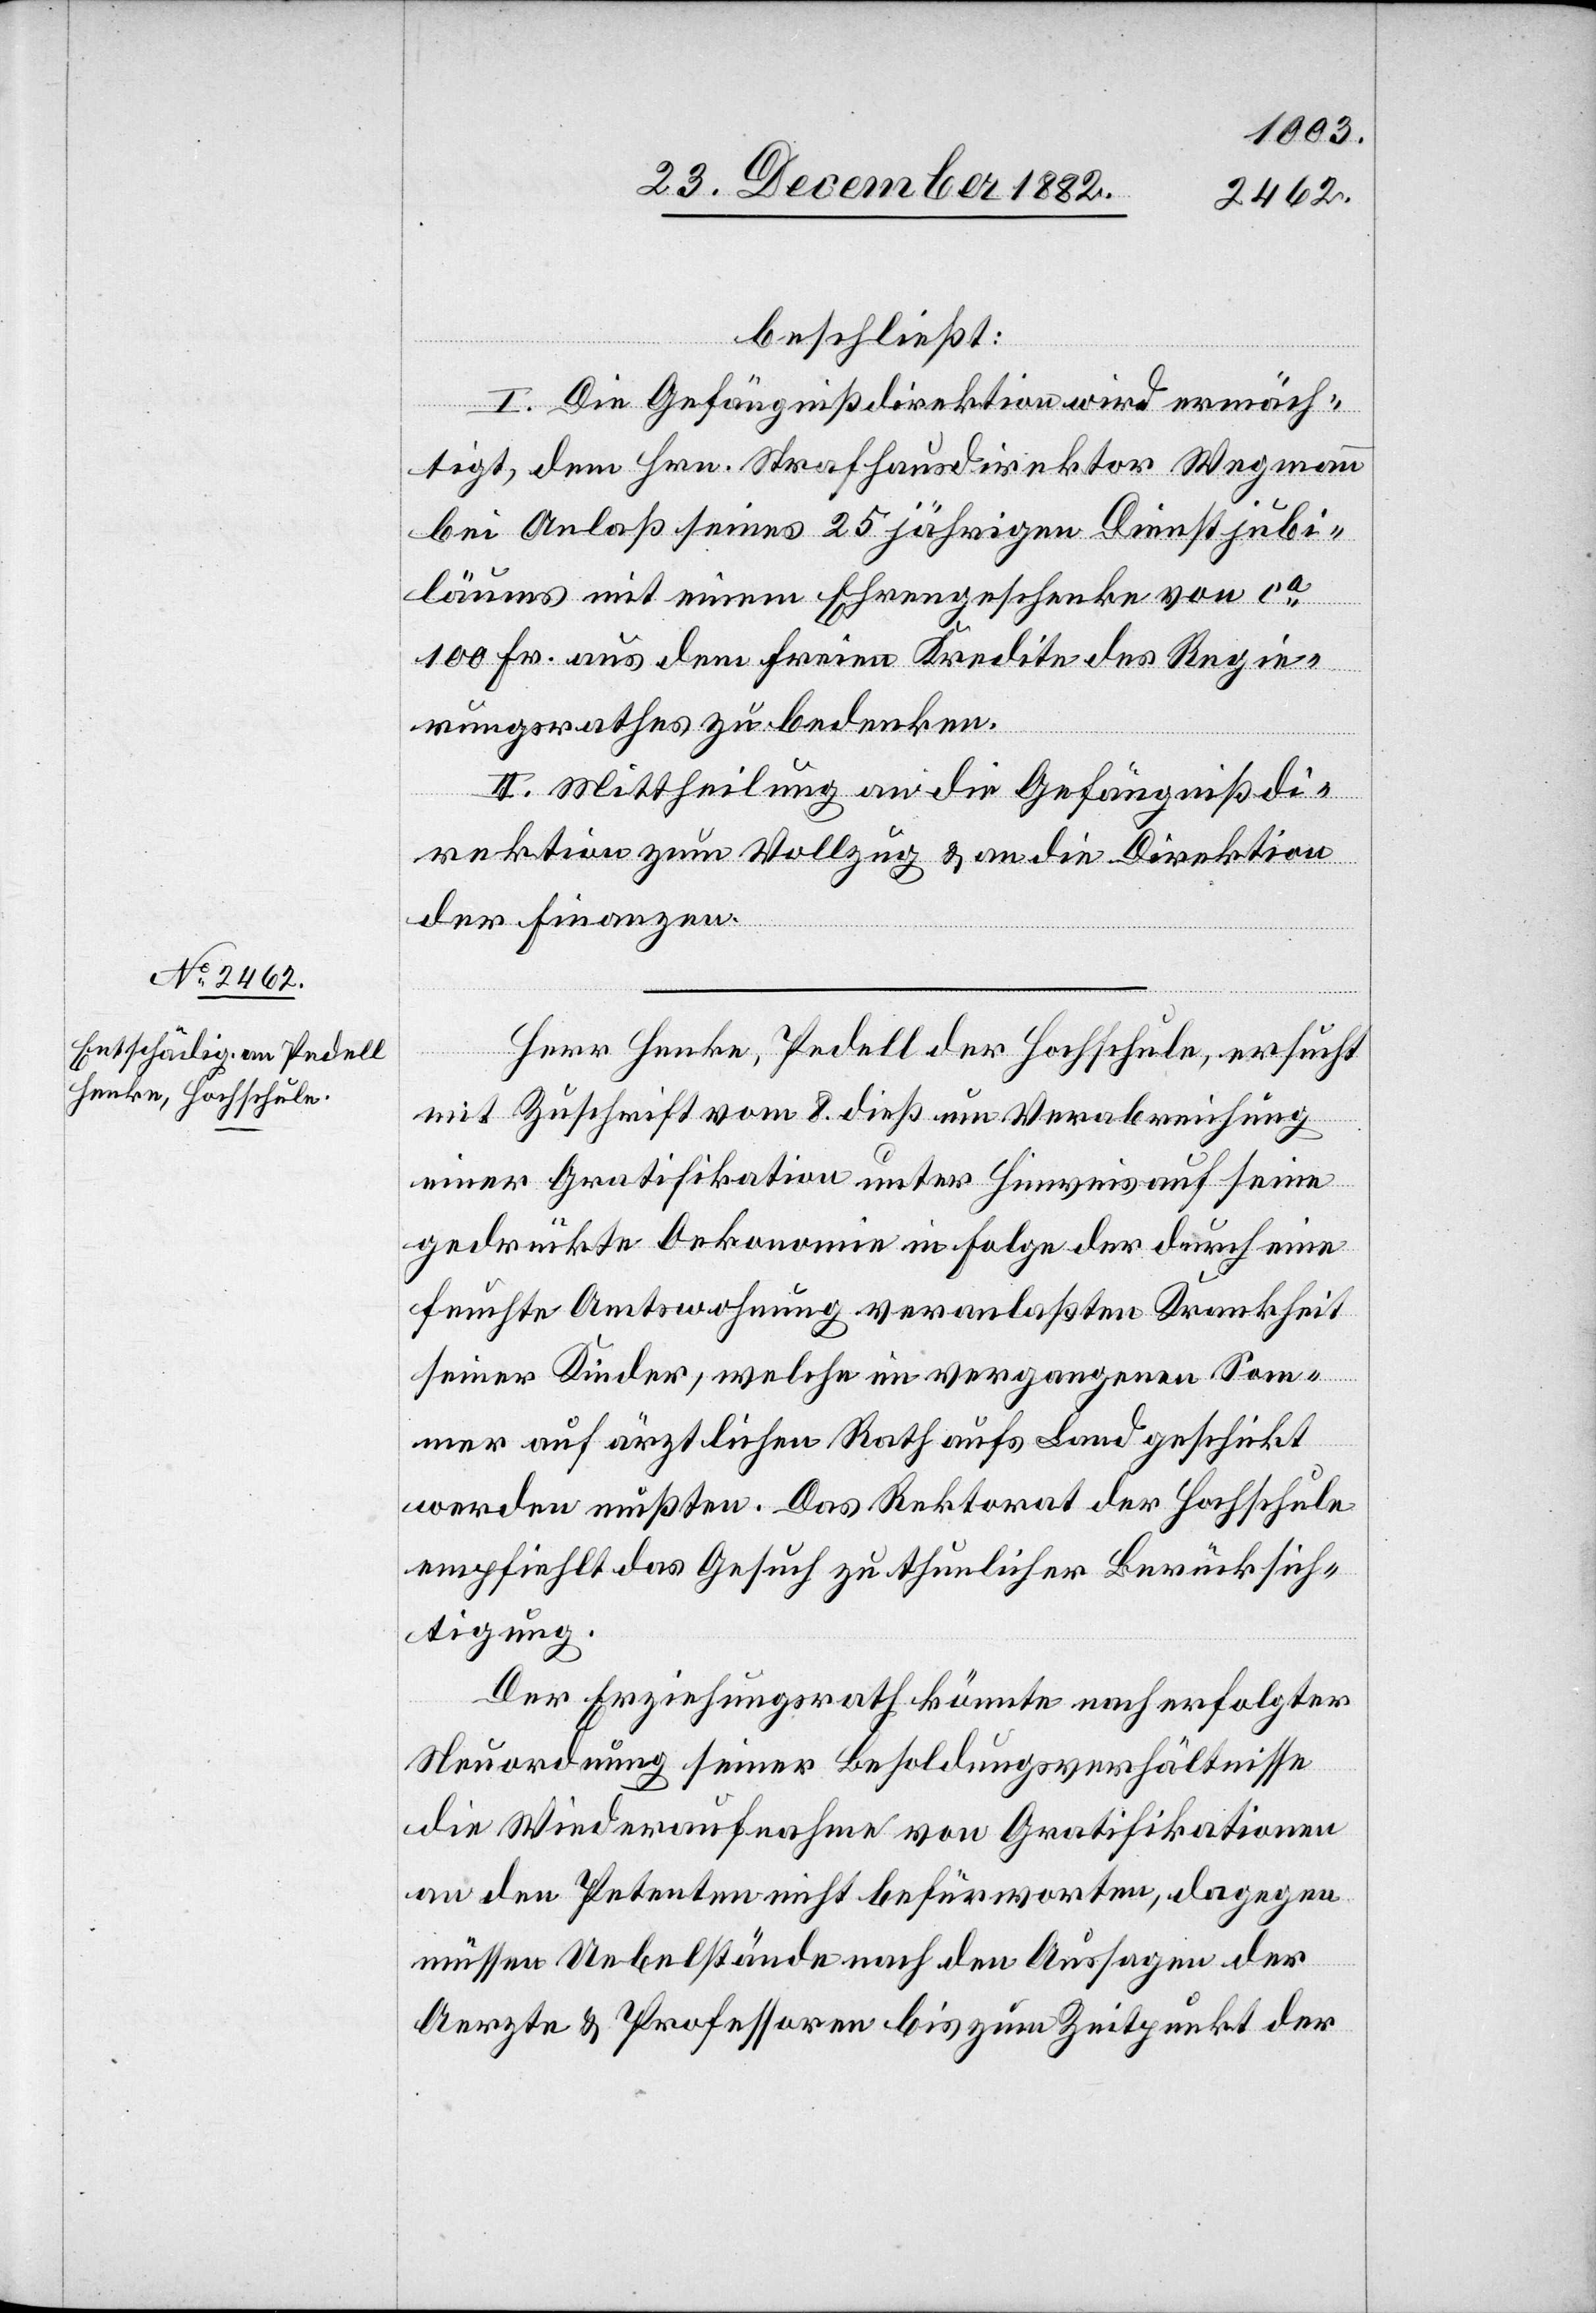
beschließt:
I. Die Gefängnißdirektion wird ermäch¬
te: den] Hrn. Strafhausdirektor Wegmann
bei Anlaß seines 25jährigen Dienstjubi¬
läums mit einem Ehrengeschenke von ca
100 Fr. aus dem freien Kredite des Regie¬
rungsrathes zu bedenken.
II. Mittheilung an die Gefängnißdi¬
rektion zum Vollzug & an die Direktion
der Finanzen.
Herr Henke, Pedell der Hochschule, ersucht
mit Zuschrift vom 8. dieß um Verabreichung
einer Gratifikation unter Hinweis auf seine
gedrückte Oekonomie in Folge der durch eine
feuchte Amtswohnung veranlaßten Krankheit
seiner Kinder, welche im vergangenen Som¬
mer auf ärztlichen Rath aufs Land geschickt
werden mußten. Das Rektorat der Hochschule
empfiehlt das Gesuch zu thunlicher Berücksich¬
tigung.
Der Erziehungsdirektion könnte nach erfolgter
Neuordnung seiner Besoldungsverhältnisse
die Wiederaufnahme von Gratifikationen
an den Petenten nicht befürworten, dagegen
[rec¬
müssen Uebelstände nach den Aussagen der
Aerzte & Professoren bis zum Zeitpunkt der